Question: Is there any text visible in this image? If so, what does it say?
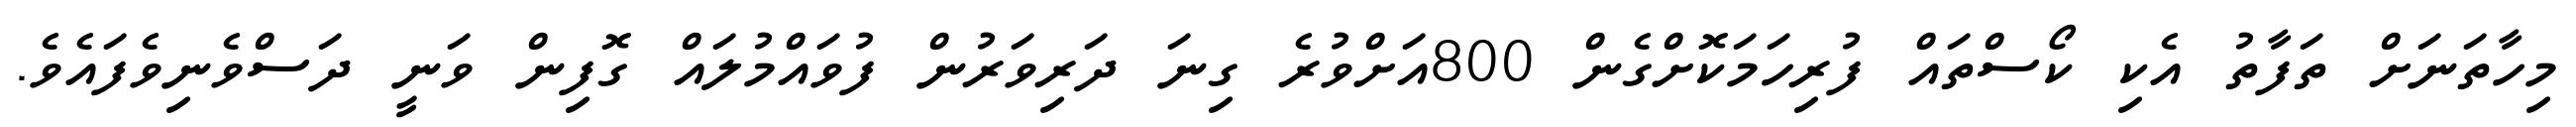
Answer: މިހާތަނަށް ތަފާތު އެކި ކޯސްތައް ފުރިހަމަކޮށްގެން 800އަށްވުރެ ގިނަ ދަރިވަރުން ފުވައްމުލައް ގޮފިން ވަނީ ދަސްވެނިވެފައެވެ.